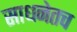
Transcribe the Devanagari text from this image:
साधनेतच